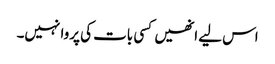
اس لیے انھیں کسی بات کی پروا نہیں۔